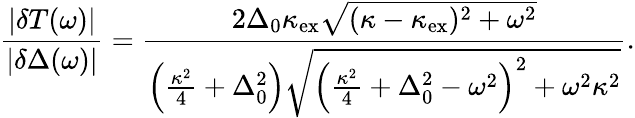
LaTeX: \frac{|\delta T(\omega)|}{|\delta\Delta(\omega)|}=\frac{2\Delta_{0}\kappa_{\mathrm{ex}}\sqrt{(\kappa-\kappa_{\mathrm{ex}})^{2}+\omega^{2}}}{\left(\frac{\kappa^{2}}{4}+\Delta_{0}^{2}\right)\sqrt{\left(\frac{\kappa^{2}}{4}+\Delta_{0}^{2}-\omega^{2}\right)^{2}+\omega^{2}\kappa^{2}}}.